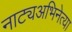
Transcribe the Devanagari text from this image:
नाट्यअभिनेत्या